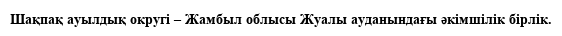
Шақпақ ауылдық округі – Жамбыл облысы Жуалы ауданындағы әкімшілік бірлік.